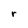
Character: r